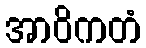
အာဝိကတံ